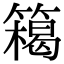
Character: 𥴭